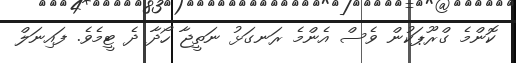
ކޮންމެ ގްރޫޕަކުން ވެސް އެންމެ ރަނގަޅު ނަތީޖާ ހޯދާ ދެ ޓީމެވެ. ފައިނަލް